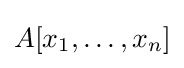
A[x_{1},\ldots ,x_{n}]